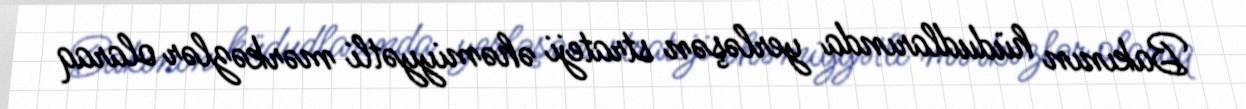
Bakının hüdudlarında yerləşən strateji əhəmiyyətli mərkəzlər olaraq